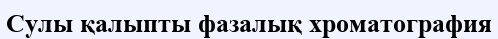
Сулы қалыпты фазалық хроматография